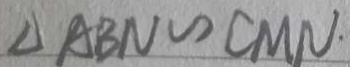
\Delta A B N \sim C M N .